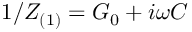
1 / Z _ { ( 1 ) } = G _ { 0 } + i \omega C